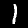
Digit: 1